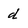
Character: d